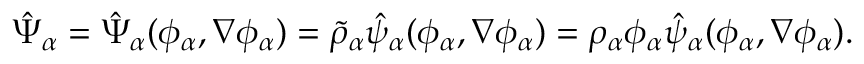
\begin{array} { r } { \hat { \Psi } _ { \alpha } = \hat { \Psi } _ { \alpha } ( \phi _ { \alpha } , \nabla \phi _ { \alpha } ) = \tilde { \rho } _ { \alpha } \hat { \psi } _ { \alpha } ( \phi _ { \alpha } , \nabla \phi _ { \alpha } ) = \rho _ { \alpha } \phi _ { \alpha } \hat { \psi } _ { \alpha } ( \phi _ { \alpha } , \nabla \phi _ { \alpha } ) . } \end{array}